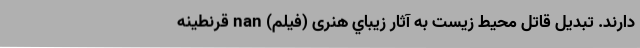
دارند. تبديل قاتل محيط زيست به آثار زيباي هنری (فیلم) nan قرنطینه